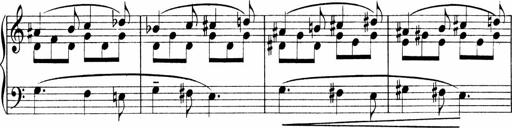
Title: Sonatina No.1
Composer: Otto Stoll
Key: C major